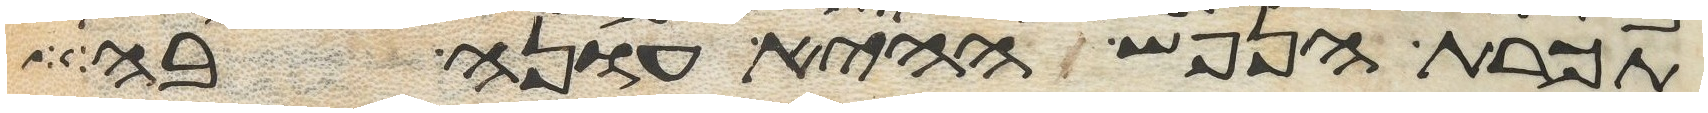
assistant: תכרת הנפש ההיא עונה בה